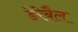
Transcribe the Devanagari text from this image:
डेरेबैल